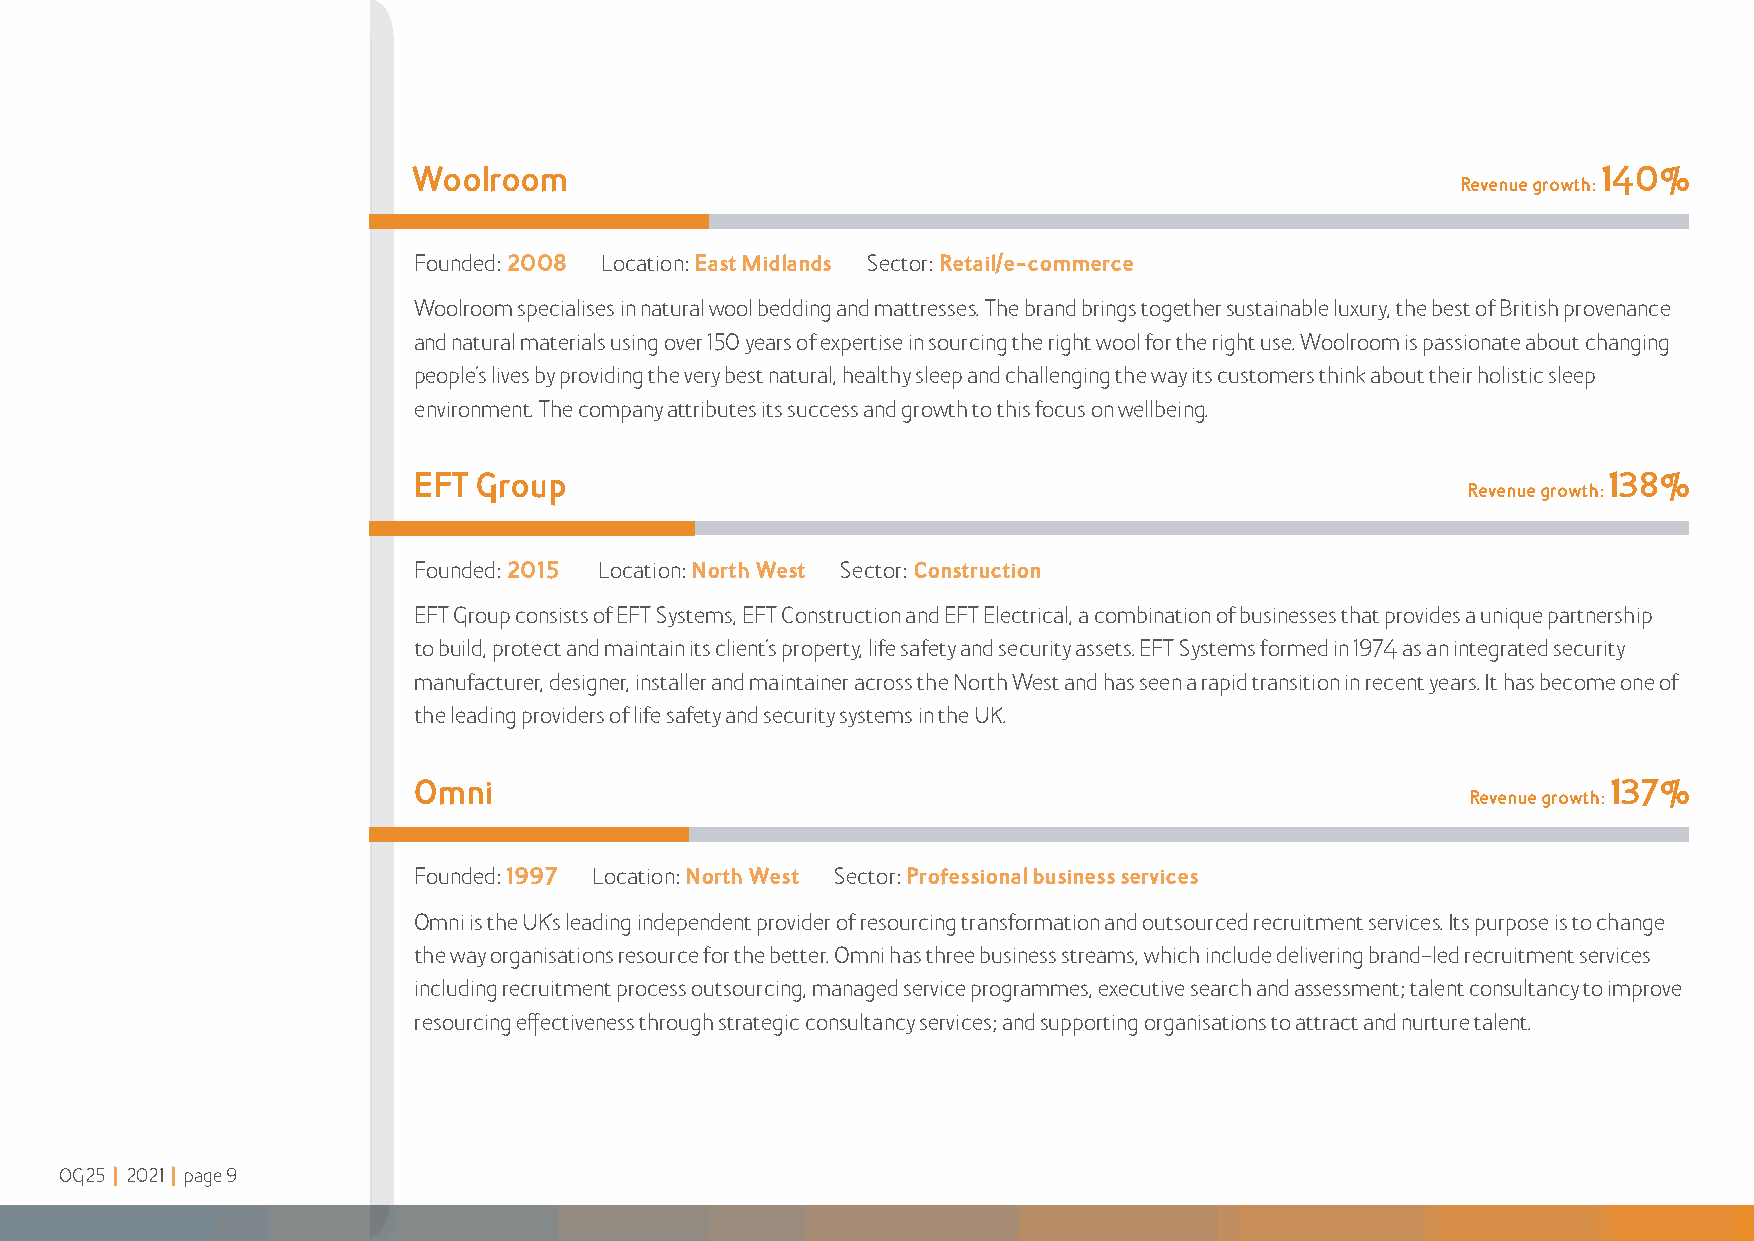
Woolroom                                                                       140%
 Revenue growth:
 Founded: 2008 Location: East Midlands Sector: Retail/e-commerce
 Woolroom specialises in natural wool bedding and mattresses The brand brings together sustainable luxury, the best of British provenance
 and natural materials using over 150 years of expertise in sourcing the right wool for the right use Woolroom is passionate about changing
 people’s lives by providing the very best natural, healthy sleep and challenging the way its customers think about their holistic sleep
 environment The company attributes its success and growth to this focus on wellbeing
 EFT Group                                                                      138%
 Revenue growth:
 Founded: 2015 Location: North West Sector: Construction
 EFT Group consists of EFT Systems, EFT Construction and EFT Electrical, a combination of businesses that provides a unique partnership
 to build, protect and maintain its client’s property, life safety and security assets EFT Systems formed in 1974 as an integrated security
 manufacturer, designer, installer and maintainer across the North West and has seen a rapid transition in recent years It has become one of
 the leading providers of life safety and security systems in the UK
 Omni                                                                            137%
 Revenue growth:
 Founded: 1997 Location: North West Sector: Professional business services
 Omni is the UK’s leading independent provider of resourcing transformation and outsourced recruitment services Its purpose is to change
 the way organisations resource for the better Omni has three business streams, which include delivering brand-led recruitment services
 including recruitment process outsourcing, managed service programmes, executive search and assessment; talent consultancy to improve
 resourcing effectiveness through strategic consultancy services; and supporting organisations to attract and nurture talent
 OG25 | 2021 | page 9